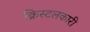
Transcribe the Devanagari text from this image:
क्रिस्टलकारी